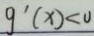
g ^ { \prime } ( x ) < 0